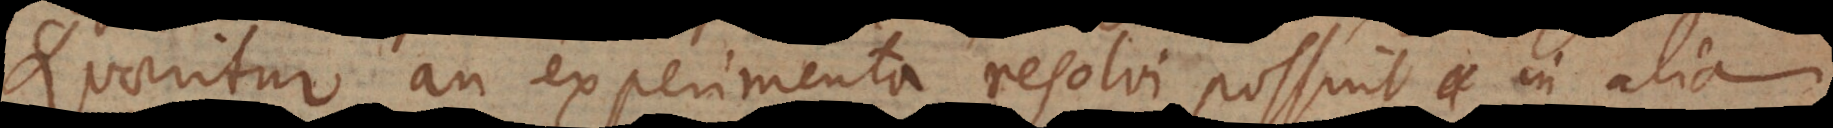
Quaeritur an experimenta resolvi possint in alia